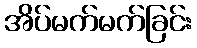
အိပ်မက်မက်ခြင်း